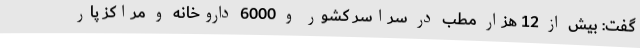
گفت: بیش از 12 هزار مطب در سراسر کشور و 6000 داروخانه و مراکز پار